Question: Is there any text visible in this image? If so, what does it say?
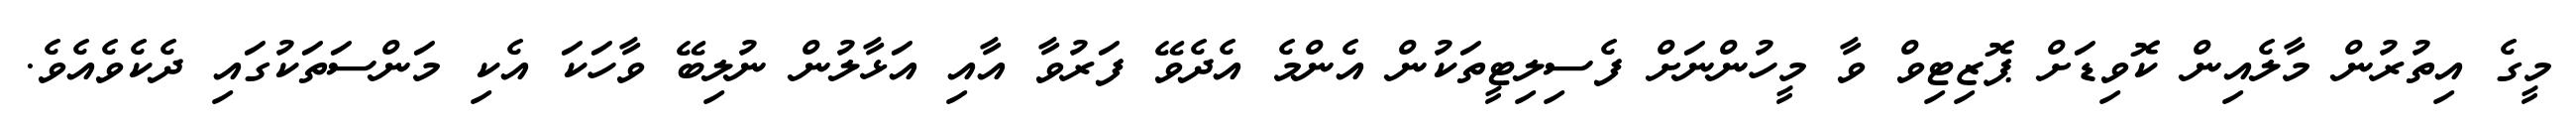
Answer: މީގެ އިތުރުން މާލެއިން ކޮވިޑަށް ޕޮޒިޓިވް ވާ މީހުންނަށް ފެސިލިޓީތަކުން އެންމެ އެދެވޭ ފަރުވާ އާއި އަޅާލުން ނުލިބޭ ވާހަކަ އެކި މަންސަތަކުގައި ދެކެވެއެވެ.